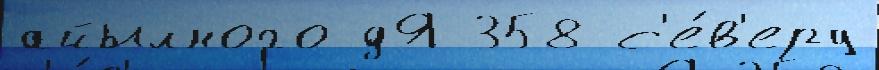
айылного дЯ 358 с'е́в'еру